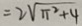
= 2 \sqrt { \pi ^ { 2 } + 4 }